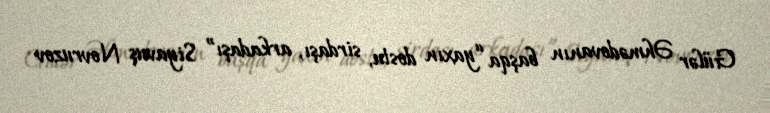
Gülər Əhmədovanın başqa “yaxın dostu, sirdaşı, arkadaşı” Siyavuş Novruzov